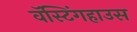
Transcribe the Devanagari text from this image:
वॅस्टिंगहाउस